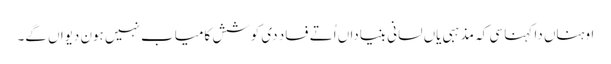
اوہناں دا کہنا سی کہ مذہبی یاں لسانی بنیاداں اُتے فساد دی کوشش کامیاب نہیں ہون دیواں گے۔